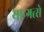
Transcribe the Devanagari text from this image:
यान्गत्से